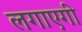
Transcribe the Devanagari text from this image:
लगाएगी